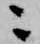
ニ